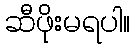
ဆီဖိုးမရပါ။